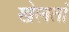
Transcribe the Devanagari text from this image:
खेलतां